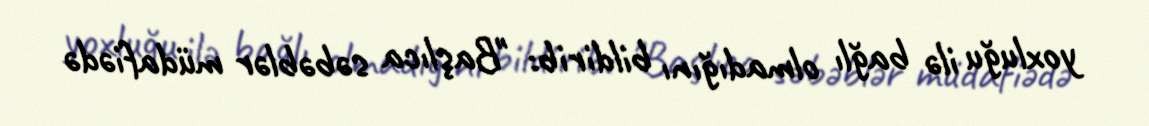
yoxluğu ilə bağlı olmadığını bildirib: "Başlıca səbəblər müdafiədə